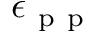
\epsilon _ { \mathrm { ~ p ~ p ~ } }